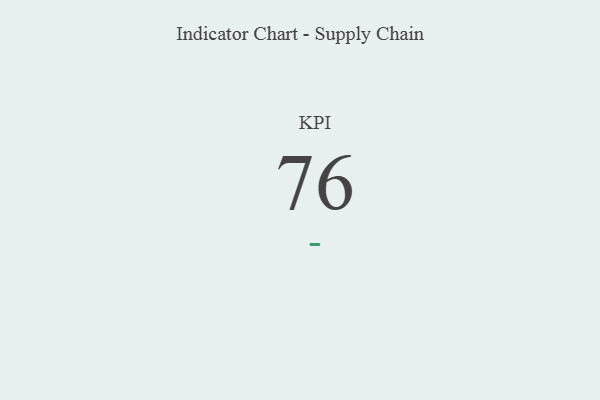
{"axis": {"x": "KPI", "y": "Value"}, "legend": [""], "data": [{"x": "KPI", "y": 76, "type": ""}]}